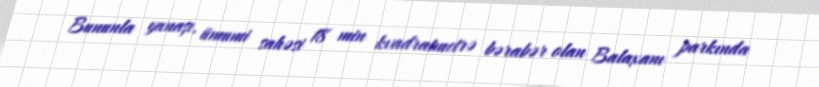
Bununla yanaşı, ümumi sahəsi 18 min kvadratmetrə bərabər olan Balaxanı parkında